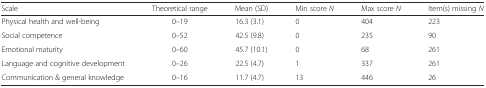
<table><thead><tr><td><b>Scale</b></td><td><b>Theoretical range</b></td><td><b>Mean (SD)</b></td><td><b>Min score <i>N</i></b></td><td><b>Max score <i>N</i></b></td><td><b>Item(s) missing <i>N</i></b></td></tr></thead><tbody><tr><td>Physical health and well-being</td><td>0–19</td><td>16.3 (3.1)</td><td>0</td><td>404</td><td>223</td></tr><tr><td>Social competence</td><td>0–52</td><td>42.5 (9.8)</td><td>0</td><td>235</td><td>90</td></tr><tr><td>Emotional maturity</td><td>0–60</td><td>45.7 (10.1)</td><td>0</td><td>68</td><td>261</td></tr><tr><td>Language and cognitive development</td><td>0–26</td><td>22.5 (4.7)</td><td>1</td><td>337</td><td>261</td></tr><tr><td>Communication &amp; general knowledge</td><td>0–16</td><td>11.7 (4.7)</td><td>13</td><td>446</td><td>26</td></tr></tbody></table>